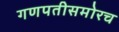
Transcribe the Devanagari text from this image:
गणपतीसमोरच